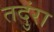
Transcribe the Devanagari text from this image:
तदुंरा